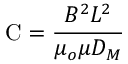
\mathrm { C } = { \frac { B ^ { 2 } L ^ { 2 } } { \mu _ { o } \mu D _ { M } } }